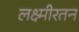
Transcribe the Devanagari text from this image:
लक्ष्मीरतन